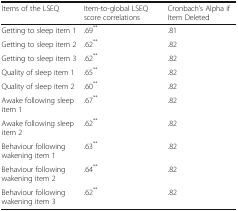
<table><thead><tr><td><b>Items of the LSEQ</b></td><td><b>Item-to-global LSEQ score correlations</b></td><td><b>Cronbach’s Alpha if Item Deleted</b></td></tr></thead><tbody><tr><td>Getting to sleep item 1</td><td>.69<sup>**</sup></td><td>.81</td></tr><tr><td>Getting to sleep item 2</td><td>.62<sup>**</sup></td><td>.82</td></tr><tr><td>Getting to sleep item 3</td><td>.62<sup>**</sup></td><td>.82</td></tr><tr><td>Quality of sleep item 1</td><td>.65<sup>**</sup></td><td>.82</td></tr><tr><td>Quality of sleep item 2</td><td>.60<sup>**</sup></td><td>.82</td></tr><tr><td>Awake following sleep item 1</td><td>.67<sup>**</sup></td><td>.82</td></tr><tr><td>Awake following sleep item 2</td><td>.62<sup>**</sup></td><td>.82</td></tr><tr><td>Behaviour following wakening item 1</td><td>.63<sup>**</sup></td><td>.82</td></tr><tr><td>Behaviour following wakening item 2</td><td>.64<sup>**</sup></td><td>.82</td></tr><tr><td>Behaviour following wakening item 3</td><td>.62<sup>**</sup></td><td>.82</td></tr></tbody></table>